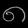
Digit: ၈